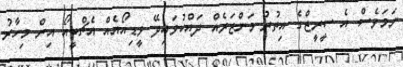
ނަމަވެސް އެ ސީރީޒްގެ އިތުރު މަންޒަރެއް ދައްކުވައިދޭ ވީޑިއޯއެއް އެޗްބީއޯ އިން މިހާރު